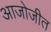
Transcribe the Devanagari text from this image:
आजोजीत